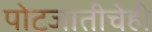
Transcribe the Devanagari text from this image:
पोटजातीचेही